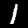
Digit: 1